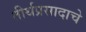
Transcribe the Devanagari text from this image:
तीर्थप्रसादाचे